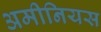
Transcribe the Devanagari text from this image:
अमीनियस